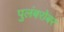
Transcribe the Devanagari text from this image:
पुलंबरोबर